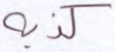
كذبه